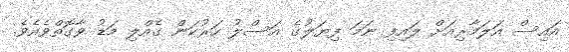
އައިސް އަލަމާރިއަށް ލައިފި ނަމަ ފިޔަލުގެ އަސްލު ހަރުކަން ގެއްލި މަޑު ވާގޮތްވެއެވެ.